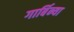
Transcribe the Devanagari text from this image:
गार्बिन्या